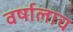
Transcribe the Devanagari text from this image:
वर्षालाच